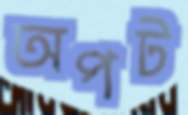
অপট